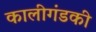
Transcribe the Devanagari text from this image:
कालीगंडकी